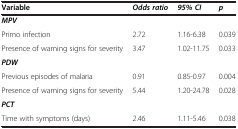
<table><thead><tr><td><b>Variable</b></td><td><b><i>Odds ratio</i></b></td><td><b><i>95% CI</i></b></td><td><b><i>p</i></b></td></tr></thead><tbody><tr><td><b><i>MPV</i></b></td><td> </td><td> </td><td> </td></tr><tr><td>Primo infection</td><td>2.72</td><td>1.16-6.38</td><td>0.039</td></tr><tr><td>Presence of warning signs for severity</td><td>3.47</td><td>1.02-11.75</td><td>0.033</td></tr><tr><td><b><i>PDW</i></b></td><td> </td><td> </td><td> </td></tr><tr><td>Previous episodes of malaria</td><td>0.91</td><td>0.85-0.97</td><td>0.004</td></tr><tr><td>Presence of warning signs for severity</td><td>5.44</td><td>1.20-24.78</td><td>0.028</td></tr><tr><td><b><i>PCT</i></b></td><td> </td><td> </td><td> </td></tr><tr><td>Time with symptoms (days)</td><td>2.46</td><td>1.11-5.46</td><td>0.038</td></tr></tbody></table>